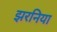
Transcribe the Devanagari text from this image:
झरनिया